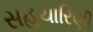
સહચારિણી